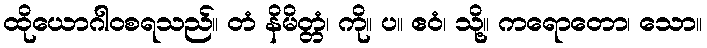
ထိုယောဂါဝစရသည်။ တံ နိမိတ္တံ၊ ကို။ ပ။ ဧဝံ၊ သို့။ ကရောတော၊ သော။